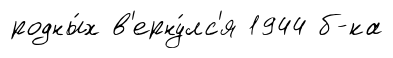
родны́х в'ерну́лс'я 1944 б-ка